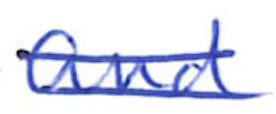
Text: and
Cross-out: mix
Writing tool: ballpoint